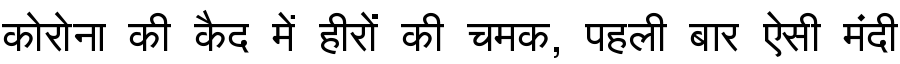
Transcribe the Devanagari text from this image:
कोरोना की कैद में हीरों की चमक, पहली बार ऐसी मंदी